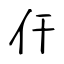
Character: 仠